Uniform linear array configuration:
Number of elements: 64
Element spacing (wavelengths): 0.5
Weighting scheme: binomial
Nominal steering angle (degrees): -15
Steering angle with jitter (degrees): -13.9
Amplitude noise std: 0.05
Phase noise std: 0.05

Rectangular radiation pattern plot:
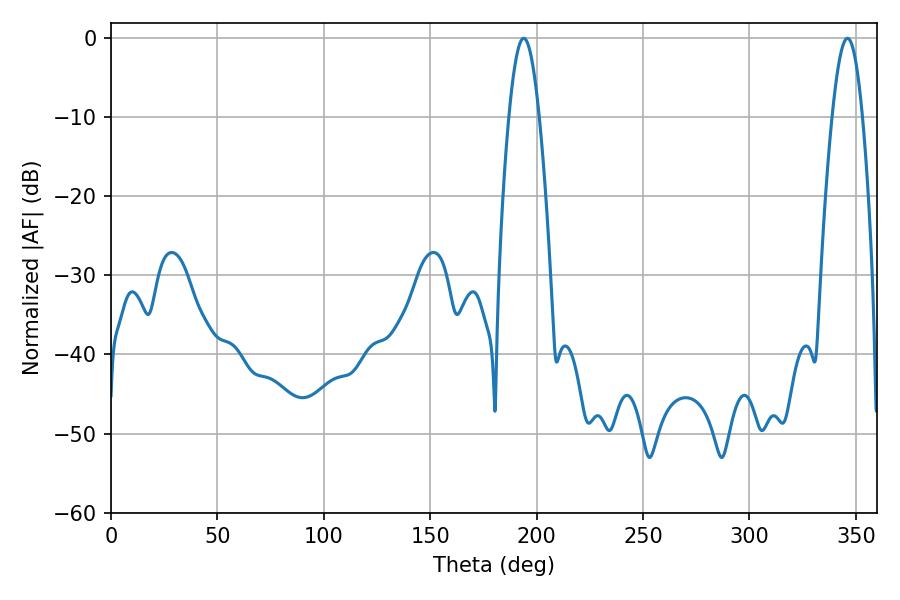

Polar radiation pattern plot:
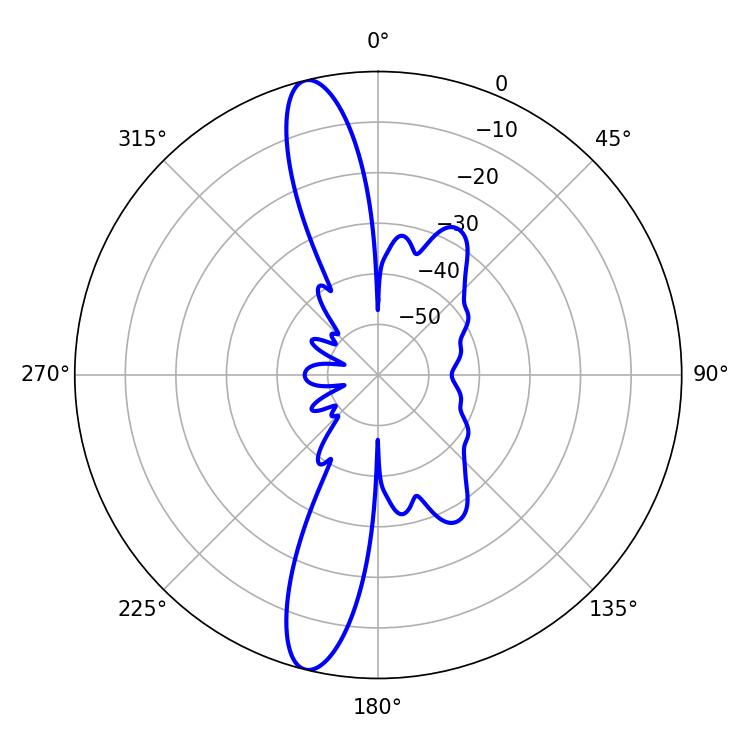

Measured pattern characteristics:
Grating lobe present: FALSE
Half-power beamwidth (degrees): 7.74
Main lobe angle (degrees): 193.86